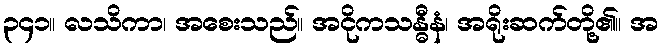
၃၄၁။ လသိကာ၊ အစေးသည်။ အငိုကသန္ဓီနံ၊ အရိုးဆက်တို့၏။ အ